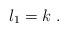
LaTeX: \begin{align*}l_1=k\ .\end{align*}